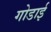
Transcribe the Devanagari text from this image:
गोडाई